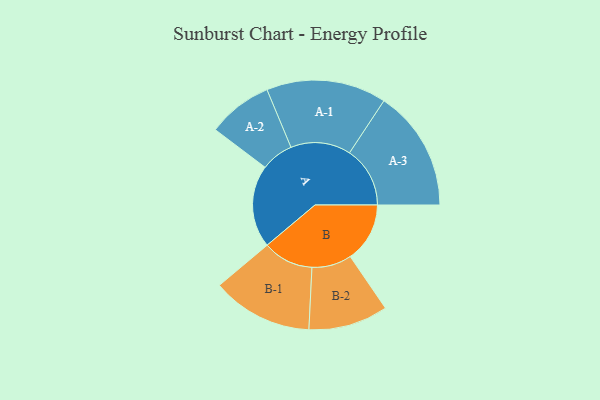
{"axis": {"x": "Segment", "y": "Value"}, "legend": ["", "A", "B"], "data": [{"x": "A", "y": 338, "type": ""}, {"x": "B", "y": 244, "type": ""}, {"x": "A-1", "y": 246, "type": "A"}, {"x": "A-2", "y": 133, "type": "A"}, {"x": "A-3", "y": 248, "type": "A"}, {"x": "B-1", "y": 207, "type": "B"}, {"x": "B-2", "y": 163, "type": "B"}]}